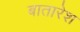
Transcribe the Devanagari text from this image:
बातारेश